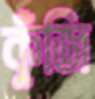
কুঁজি